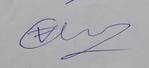
Signature authenticity: genuine